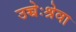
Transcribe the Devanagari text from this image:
उच्चेःश्रेवा